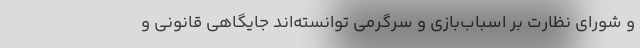
و شورای نظارت بر اسباب‌بازی و سرگرمی توانسته‌اند جایگاهی قانونی و